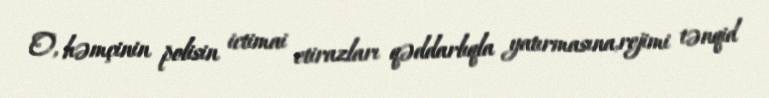
O, həmçinin polisin ictimai etirazları qəddarlıqla yatırmasına,rejimi tənqid